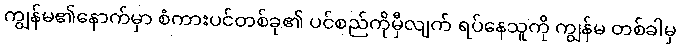
ကျွန်မ၏နောက်မှာ စံကားပင်တစ်ခု၏ ပင်စည်ကိုမှီလျက် ရပ်နေသူကို ကျွန်မ တစ်ခါမှ